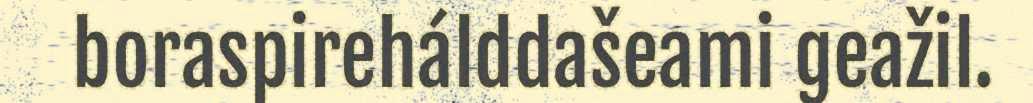
boraspirehálddašeami geažil.